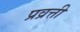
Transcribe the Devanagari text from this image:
प्रव्रत्ती